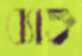
ব্যাক্ত